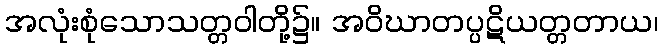
အလုံးစုံသောသတ္တဝါတို့၌။ အဝိဃာတပ္ပဋိယတ္တတာယ၊